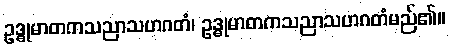
ဥဒ္ဓုမာတကသညာသဟဂတံ၊ ဥဒ္ဓုမာတကသညာသဟဂတံမည်၏။